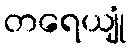
တရေယျုံ